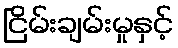
ငြိမ်းချမ်းမှုနှင့်